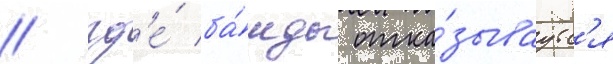
/ гд'е́ ба́нды отка́зываутс'я